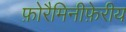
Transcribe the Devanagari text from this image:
फ़ोरैमिनीफ़ेरीय